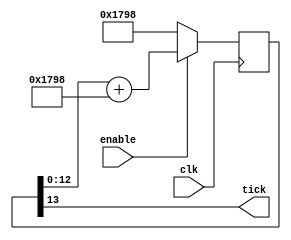
module BaudTickGen(
	input clk, enable,
	output tick  // generate a tick at the specified baud rate * oversampling
);
parameter ClkFrequency = 25000000;
parameter Baud = 1152000;
parameter Oversampling = 16;
function integer log2(input integer v); begin log2=0; while(v>>log2) log2=log2+1; end endfunction
localparam AccWidth = log2(ClkFrequency/Baud)+8;  // +/- 2% max timing error over a byte
reg [AccWidth:0] Acc = 0;
localparam ShiftLimiter = log2(Baud*Oversampling >> (31-AccWidth));  // this makes sure Inc calculation doesn't overflow
localparam Inc = ((Baud*Oversampling << (AccWidth-ShiftLimiter))+(ClkFrequency>>(ShiftLimiter+1)))/(ClkFrequency>>ShiftLimiter);
always @(posedge clk) if(enable) Acc <= Acc[AccWidth-1:0] + Inc[AccWidth:0]; else Acc <= Inc[AccWidth:0];
assign tick = Acc[AccWidth];
endmodule